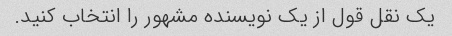
یک نقل قول از یک نویسنده مشهور را انتخاب کنید.